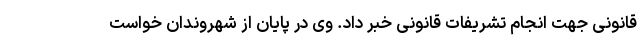
قانونی جهت انجام تشریفات قانونی خبر داد. وی در پایان از شهروندان خواست